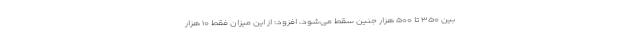
بین ۳۵۰ تا ۵۰۰ هزار جنین سقط می‌شود، افزود: از این میزان فقط ۱۰ هزار